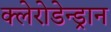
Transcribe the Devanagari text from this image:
क्लेरोडेन्ड्रान